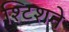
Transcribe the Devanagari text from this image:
श्टिशने